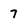
Character: 7